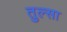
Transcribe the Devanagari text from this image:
तुल्सा